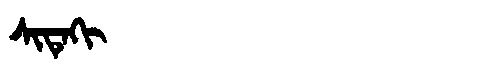
Manchu: ᠰᡳᡨᡝᡴᡳ
Romanization: SITEKI